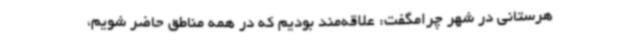
هرستانی در شهر چرامگفت: علاقه‌مند بودیم که در همه مناطق حاضر شویم،